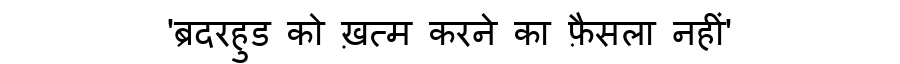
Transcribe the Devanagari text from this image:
'ब्रदरहुड को ख़त्म करने का फ़ैसला नहीं'